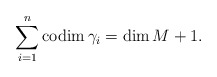
\begin{align*}\sum_{i=1}^n {\rm codim}\, \gamma_i={\rm dim}\, M+1.\end{align*}